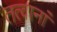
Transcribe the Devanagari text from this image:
तत्वानां